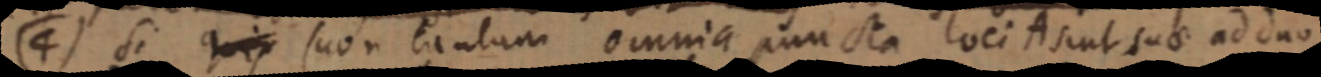
si qui, (non tantum omnia puncta loci A sint suae ad duo